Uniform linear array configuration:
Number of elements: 64
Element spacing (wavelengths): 1
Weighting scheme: hann
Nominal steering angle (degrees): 30
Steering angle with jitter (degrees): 30.158
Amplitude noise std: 0.05
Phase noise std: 0.05

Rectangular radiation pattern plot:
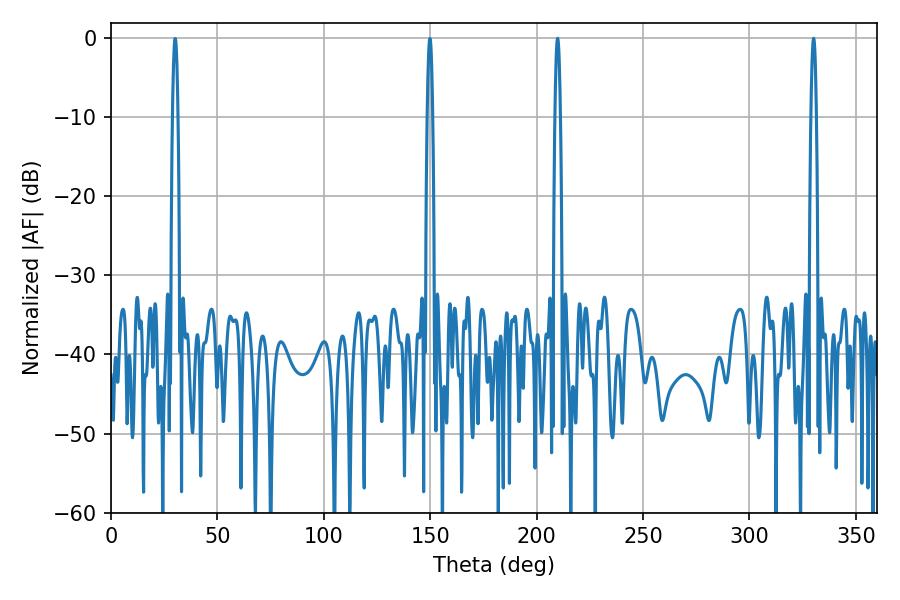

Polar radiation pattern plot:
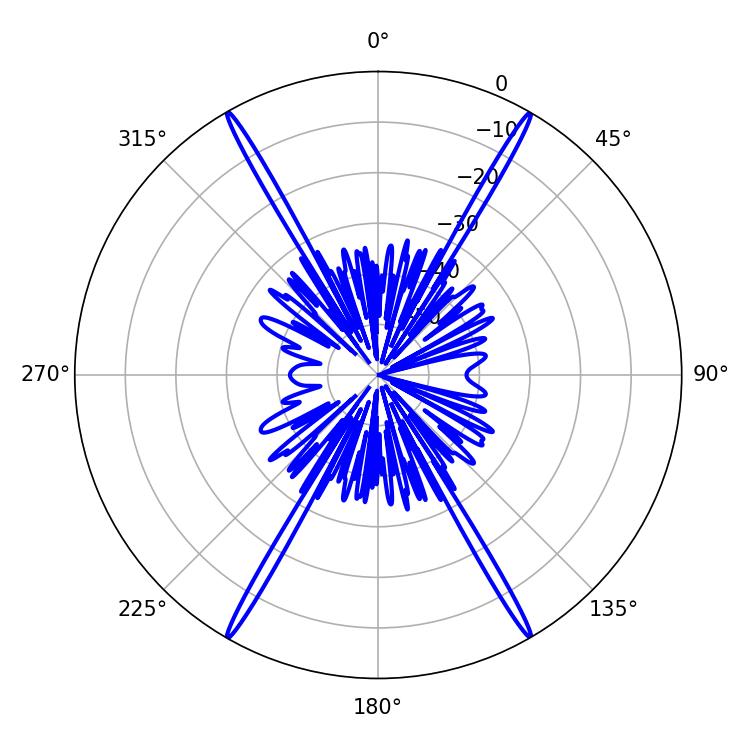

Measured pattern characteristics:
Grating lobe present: TRUE
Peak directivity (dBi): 37.756
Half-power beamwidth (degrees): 1.44
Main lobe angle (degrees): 330.12